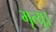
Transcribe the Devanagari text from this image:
मृत्यू।